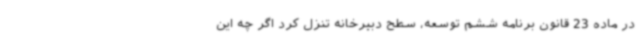
در ماده 23 قانون برنامه ششم توسعه، سطح دبیرخانه تنزل کرد اگر چه این